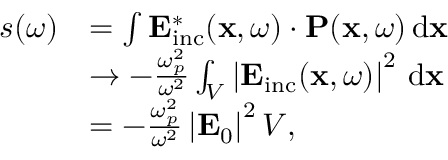
\begin{array} { r l } { s ( \omega ) } & { = \int \mathbf { E } _ { \mathrm { i n c } } ^ { * } ( \mathbf { x } , \omega ) \cdot \mathbf { P } ( \mathbf { x } , \omega ) \, \mathrm { d } \mathbf { x } } \\ & { \rightarrow - \frac { \omega _ { p } ^ { 2 } } { \omega ^ { 2 } } \int _ { V } \left| \mathbf { E } _ { \mathrm { i n c } } ( \mathbf { x } , \omega ) \right| ^ { 2 } \, \mathrm { d } \mathbf { x } } \\ & { = - \frac { \omega _ { p } ^ { 2 } } { \omega ^ { 2 } } \left| \mathbf { E } _ { 0 } \right| ^ { 2 } V , } \end{array}